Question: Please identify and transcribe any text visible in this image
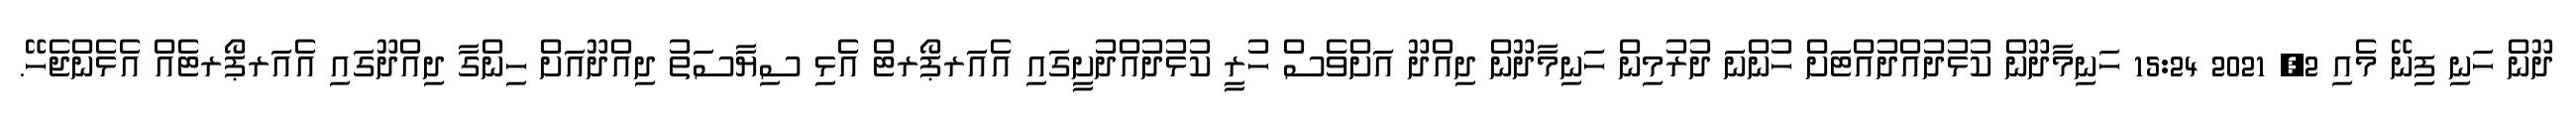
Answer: ދޫން ހަނި ފިނޭ މެއި 2, 2021 15:24 ހަނިމާދޫން ކުޅުދުއްދުއްޓަށް ހުންނަ ދުރުމިން ހަނިމާދޫން ދިއްދޫ އަށްވެސް ހުރީ ކުޅުދުއްދުށީގައި އެއަރޕޯރޓް އެޅި ސިޔާސަތު ދިއްދޫއަށް ހިންގާ ދިއްދޫގައި އެއަރޕޯރޓެއް އެޅެންޖެހޭ.